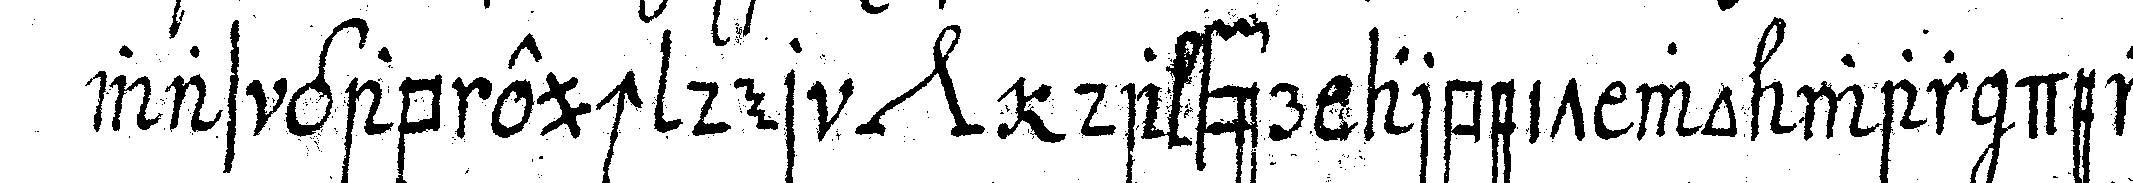
was gab euch der *nee* da für arbeit wo war der